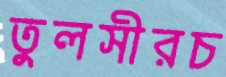
তুলসীরচ